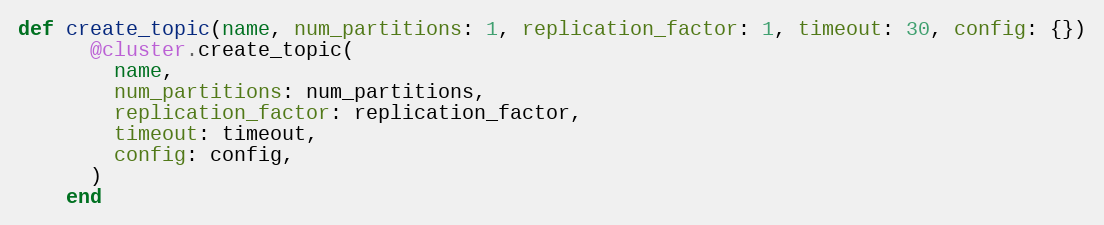
Language: Ruby
def create_topic(name, num_partitions: 1, replication_factor: 1, timeout: 30, config: {})
      @cluster.create_topic(
        name,
        num_partitions: num_partitions,
        replication_factor: replication_factor,
        timeout: timeout,
        config: config,
      )
    end